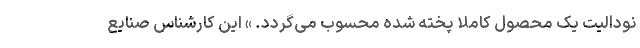
نودالیت یک محصول کاملا پخته شده محسوب می­گردد. » این کارشناس صنایع